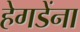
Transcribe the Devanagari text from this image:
हेगडेंना